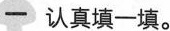
一 认真填一填。